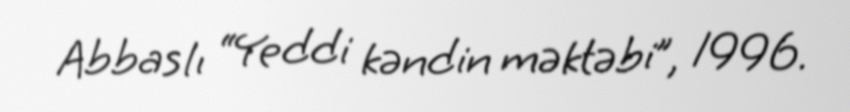
Abbaslı “Yeddi kəndin məktəbi”, 1996.